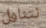
نتناول